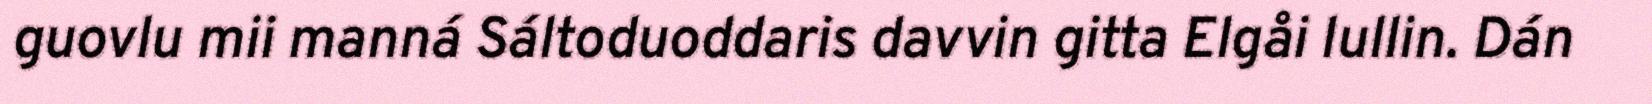
guovlu mii manná Sáltoduoddaris davvin gitta Elgåi lullin. Dán